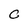
Character: C